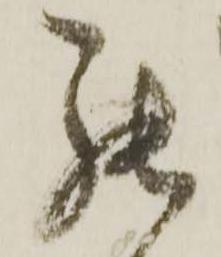
罷